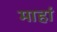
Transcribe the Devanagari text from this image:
माहां